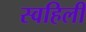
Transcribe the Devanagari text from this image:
स्वहिली